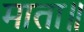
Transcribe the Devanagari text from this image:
माता॥